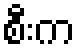
စီးက